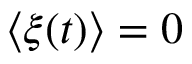
\langle \xi ( t ) \rangle = 0